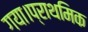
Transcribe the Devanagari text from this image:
गया।प्राथमिक